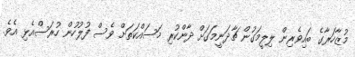
މުޒާހަރާގެ ބައިވެރިން ލިލީމަގުން ޗާދަނީމަގަށް ދާންކުރި މަސައްކަތަށް ވެސް ފުލުހުން ހުރަސްއެޅި އެވެ.